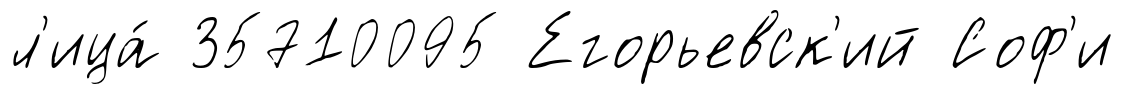
л'ица́ 35710095 Егорьевск'ий Соф'и